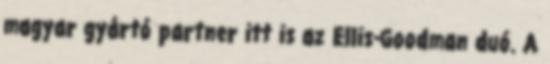
magyar gyártó partner itt is az Ellis-Goodman duó. A